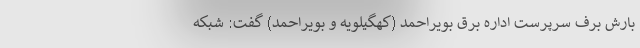
بارش برف سرپرست اداره برق بویراحمد (کهگیلویه و بویراحمد) گفت: شبکه